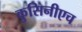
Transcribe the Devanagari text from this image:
कुसिनीएच